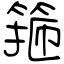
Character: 箍